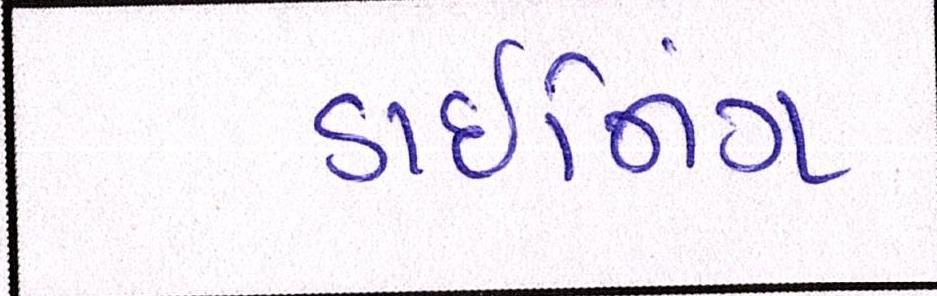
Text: ડાઈનિંગ